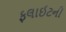
ફલાઈટની